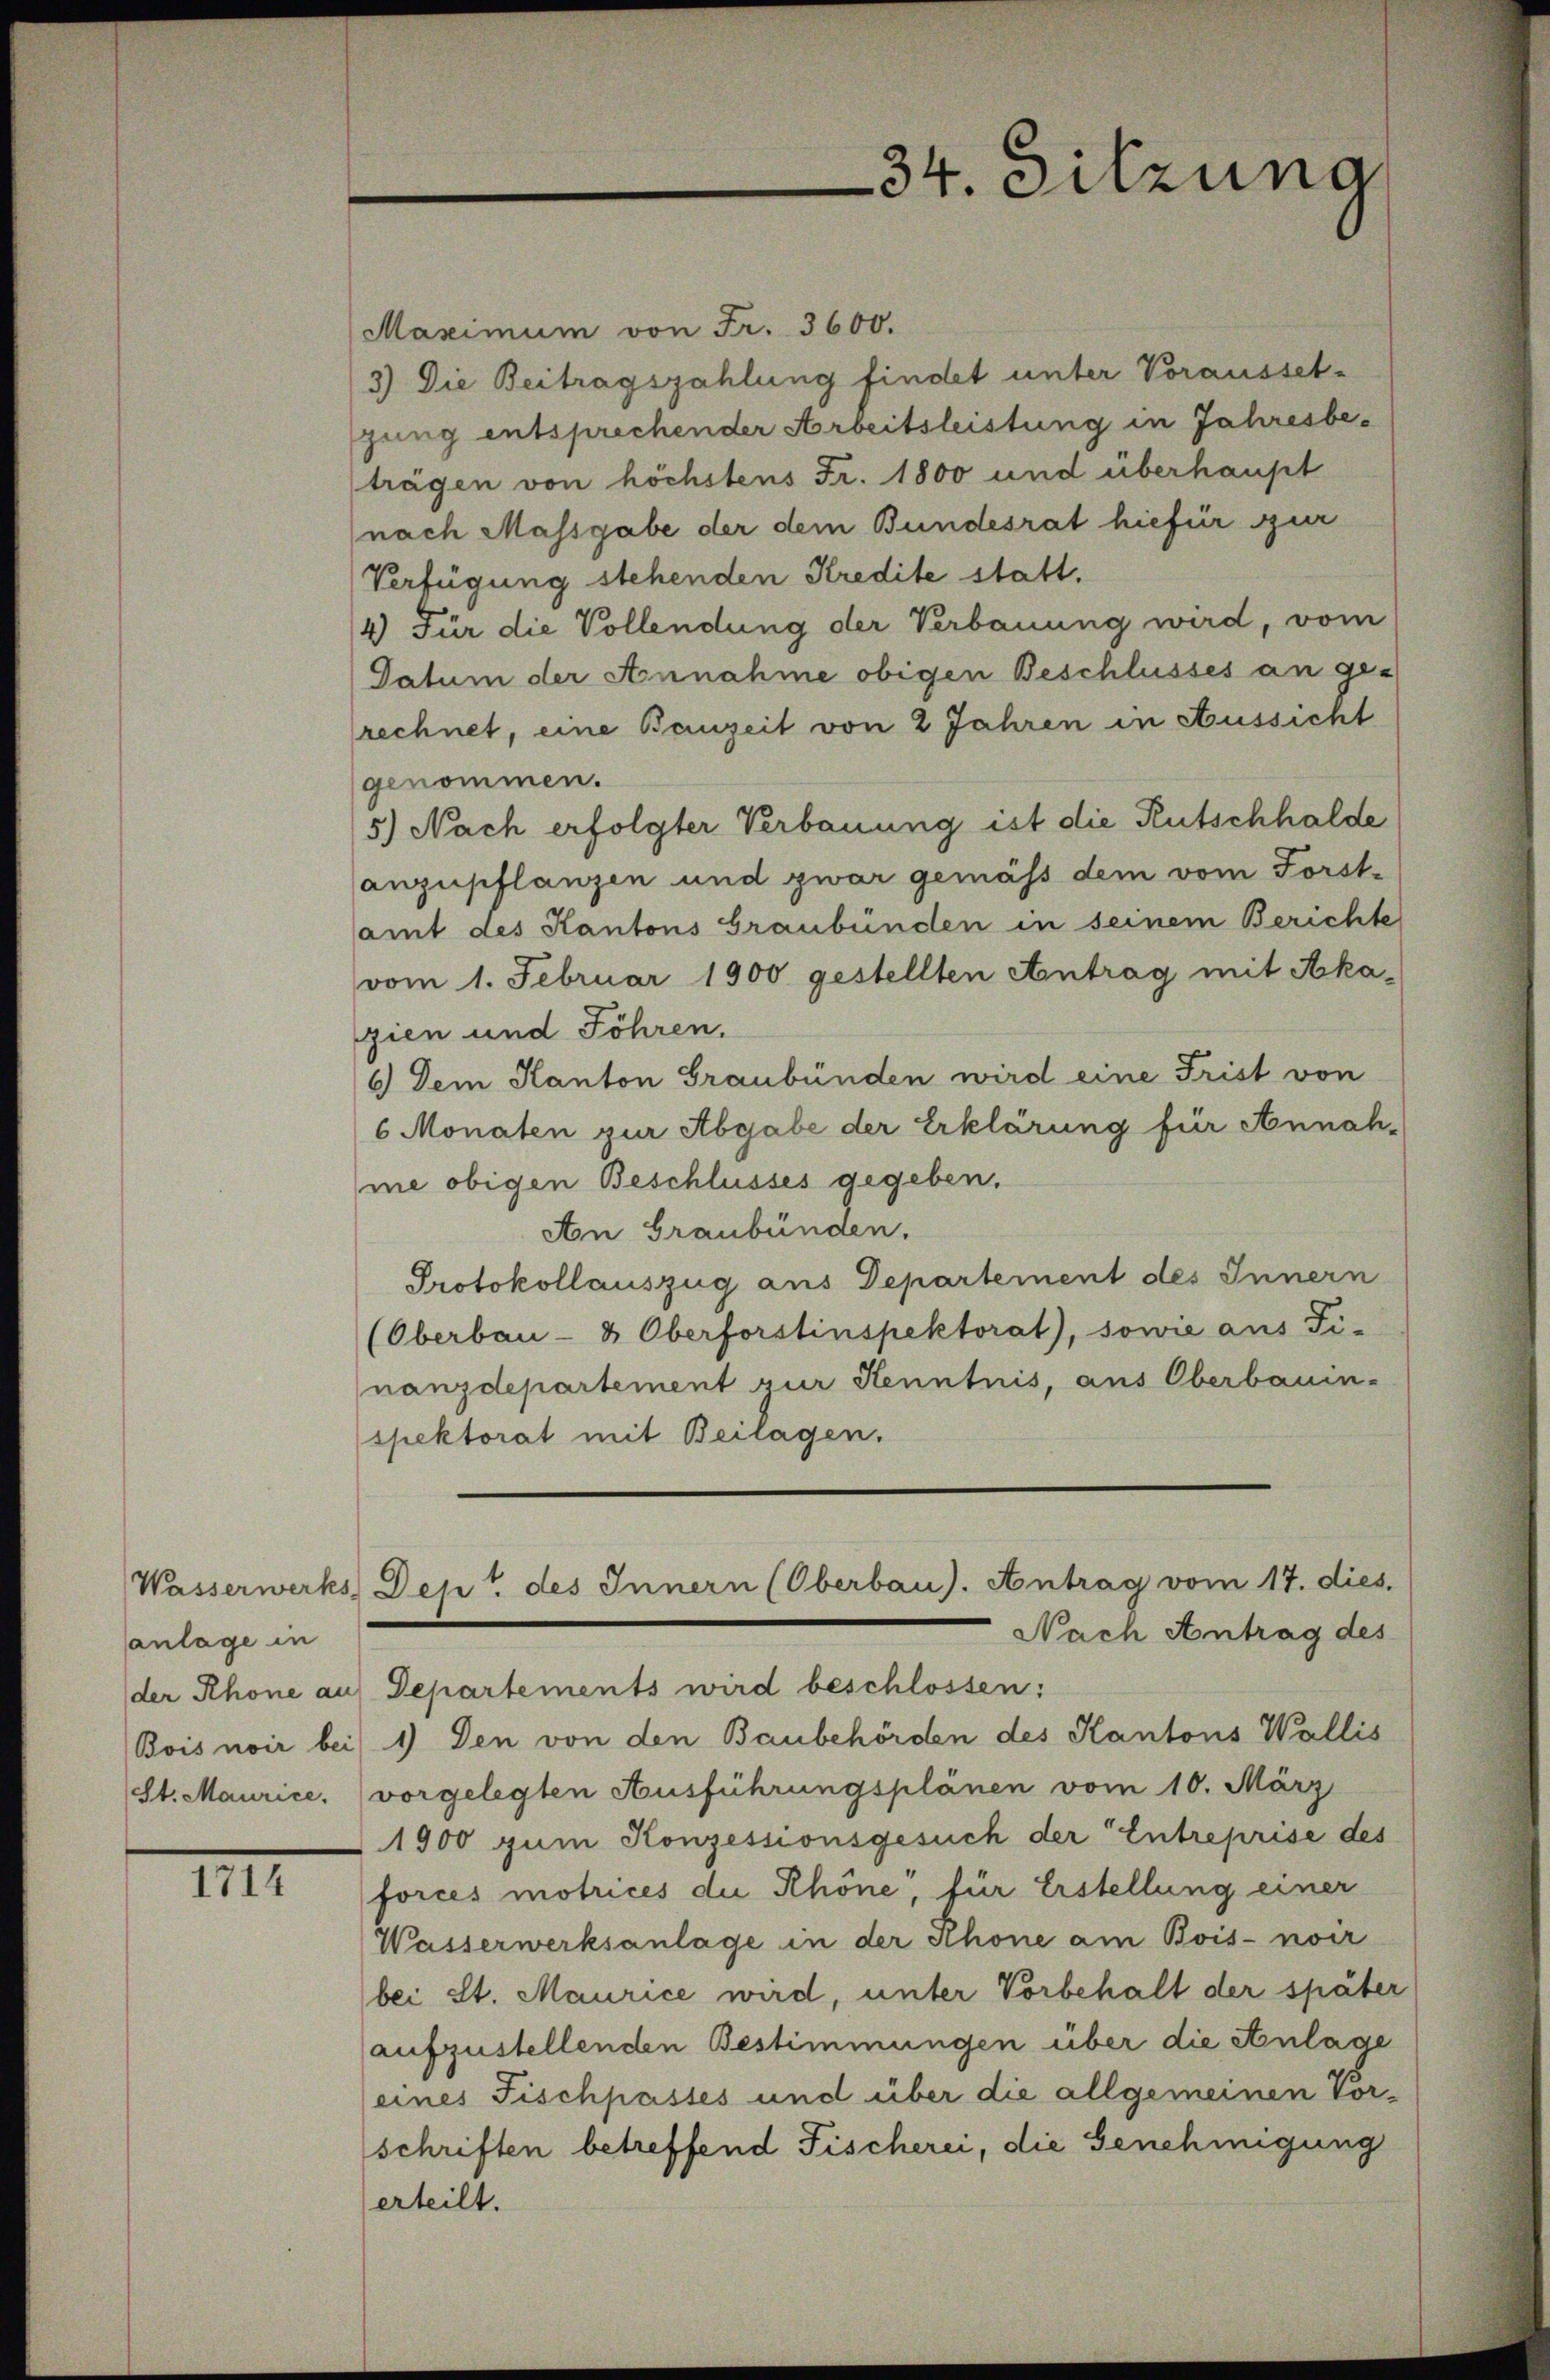
anlage in
der Rhone an
Bois voir bei

IIII

Maximum von Fr. 3600.
3) Die Beitragszahlung findet unter Vorausset-
jung entsprechender Arbeitsleistung in Jahresbeträgen von höchstens Fr. 1800 und überhaupt
nach Massgabe der dem Bundesrat hiefür zur
Verfügung stehenden Kredite statt.
4) Für die Vollendung der Verbauung wird, vom
Datum der Annahme obigen Beschlusses an ge-
rechnet, eine Bauzeit von 2 Jahren in Aussicht
genommen.
5) Nach erfolgter Verbauung ist die Rutschhalde
anzupflanzen und zwar gemäss dem vom Forst-
samt des Kantons Graubünden in seinem Berichte
vom 1. Februar 1900 gestellten Antrag mit Akagien und Föhren.
6) Dem Kanton Graubünden wird eine Frist von
6 Monaten zur Abgabe der Erklärung für Annah-
me obigen Beschlusses gegeben.
An Graubünden.
Protokollauszug aus Departement des Innern
(Oberbau- & Oberforstinspektorat), sowie aus Fi-
nanzdepartement zur Kenntnis, aus Oberbauin-
spektorat mit Beilagen.
Wasserwerks Dept des Innern (Oberbau). Antrag vom 17. dies
Nach Antrag des
Departements wird beschlossen:
1) Den von den Baubehörden des Kantons Wallis
(St. Maurice. (vorgelegten Ausführungsplänen vom 10. März
1900 zum Konzessionsgesuch der Entreprise des
forces motrices die Khöne, für Erstellung einer
Wasserwerksanlage in der Rhone am Bois- noir
bei St. Maurice wird, unter Vorbehalt der später
aufzustellenden Bestimmungen über die Anlage
(eines Fischpasses und über die allgemeinen Vorschriften betreffend Fischerei, die Genehmigung
erteilt.

34. Sitzung